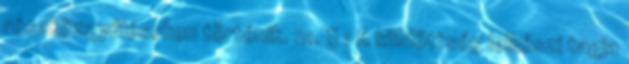
részközgyűléseken történik. 21. § 1 A küldöttség lelkészi tagja